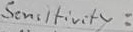
Text: Senitivity